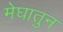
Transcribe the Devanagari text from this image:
मेघातुन